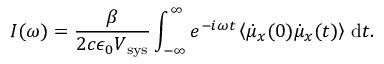
I ( \omega ) = { \frac { \beta } { 2 c \epsilon _ { 0 } V _ { \mathrm { s y s } } } } \int _ { - \infty } ^ { \infty } e ^ { - i \omega t } \left< \dot { \mu } _ { x } ( 0 ) \dot { \mu } _ { x } ( t ) \right> \, \mathrm { d } t .